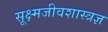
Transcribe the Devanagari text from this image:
सूक्ष्मजीवशास्त्रज्ञ